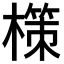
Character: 𭬂